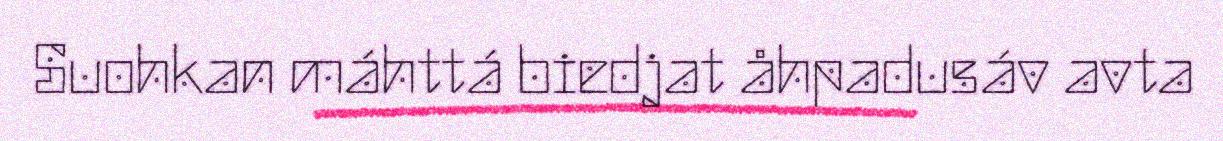
Suohkan máhttá biedjat åhpadusáv avta